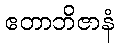
ဧတာဘိဇာနံ